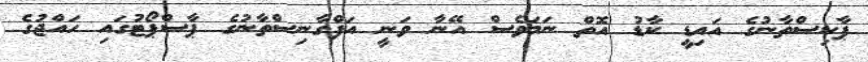
ޕާކިސްތާނުގެ އައިޑީ ކާޑު އޮތް ނަމަވެސް އޭނާ ވަނީ އަފްގާނިސްތާނުގެ ޕާސްޕޯޓުގައި ހައްޖުގެ